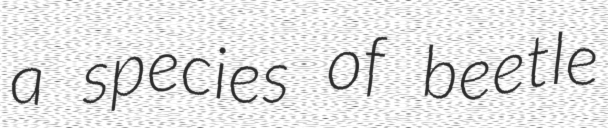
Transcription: a species of beetle